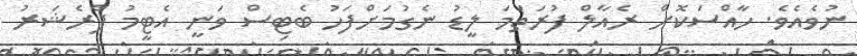
ނުވެއެވެ. ހާއްސަކޮށް ރެއާލް ފުރަތަމަ ލީޑު ނެގުމަށްފަހު ބެޓިސް ވަނީ އެޓީމު ޕްރެޝަރު